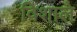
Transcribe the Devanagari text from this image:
विशाले